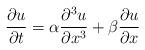
LaTeX: \begin{align*}\frac{\partial u}{\partial t}= \alpha \frac{\partial^3 u}{\partial x^3} + \beta \frac{\partial u}{\partial x}\end{align*}